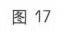
图 17